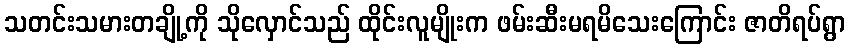
သတင်းသမားတချို့ကို သိုလှောင်သည် ထိုင်းလူမျိုးက ဖမ်းဆီးမရမိသေးကြောင်း ဇာတိရပ်ရွာ